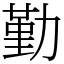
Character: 勤